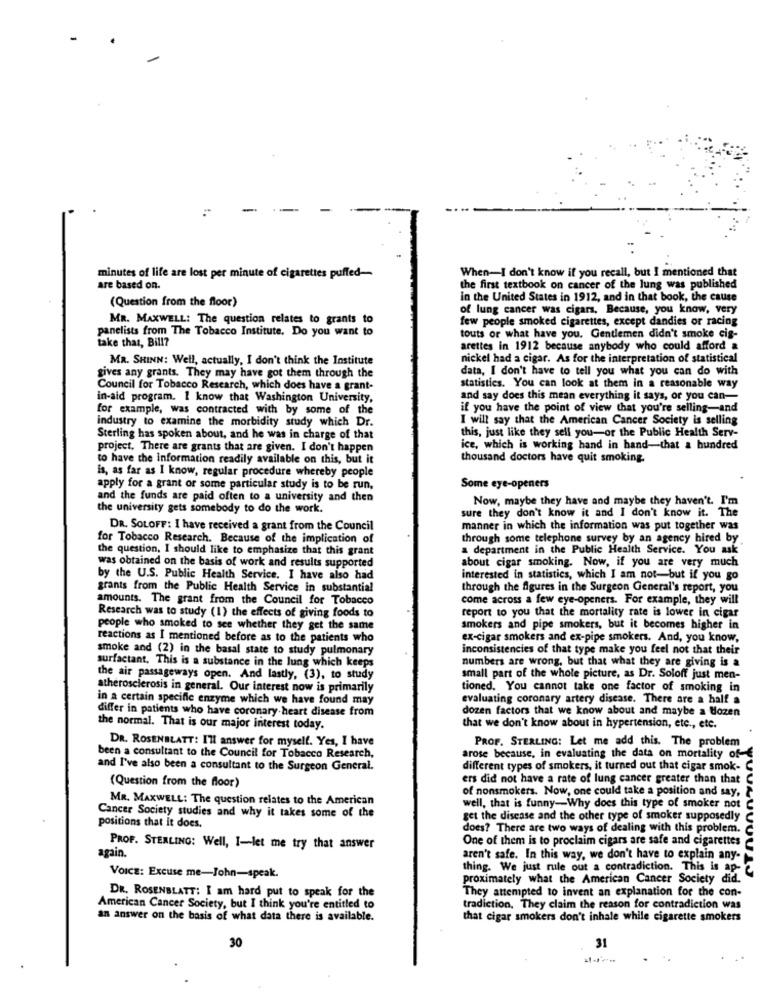
When-I don't know if you recall, but I mentioned that
minutes of life are lost per minute of cigarettes puffed-
are based on.
the first textbook on cancer of the lung was published
(Question from the floor)
in the United States in 1912, and in that book, the cause
of lung cancer was cigars, Because, you know, very
MR. MAXWELL: The question relates to grants to
few people smoked cigarettes, except dandies or racing
panelists from The Tobacco Institute, Do you want to
take that, Bill?
touts or what have you. Gentlemen didn't smoke cig-
arettes in 1912 because anybody who could afford &
MR. SHINN: Well, actually, I don't think the Institute
nickel had a cigar. As for the interpretation of statistical
data, I don't have to tell you what you can do with
gives any grants. They may have got them through the
Council for Tobacco Research, which does have a grant-
statistics. You can look at them in a reasonable way
in-aid program. I know that Washington University,
and say does this mean everything it says, or you can-
for example, was contracted with by some of the
if you have the point of view that you're selling-and
industry to examine the morbidity study which Dr.
I will say that the American Cancer Society is selling
this, just like they sell you-or the Public Health Serv-
Sterling has spoken about, and he was in charge of that
project. There are grants that are given. I don't happen
ice, which is working hand in hand-that a hundred
to have the information readily available on this, but it
thousand doctors have quit smoking.
is, as far as I know, regular procedure whereby people
apply for a grant or some particular study is to be run,
Some eye-openers
and the funds are paid often to a university and then
Now, maybe they have and maybe they haven't. I'm
the university gets somebody to do the work.
sure they don't know it and I don't know it. The
DR. SOLOFF: I have received a grant from the Council
manner in which the information was put together was
for Tobacco Research. Because of the implication of
through some telephone survey by an agency hired by
the question, I should like to emphasize that this grant
a department in the Public Health Service. You ask
about cigar smoking. Now, if you are very much
was obtained on the basis of work and results supported
by the U.S. Public Health Service. I have also had
interested in statistics, which I am not-but if you go
grants from the Public Health Service in substantial
through the figures in the Surgeon General's report, you
amounts. The grant from the Council for Tobacco
come across a few eye-openers. For example, they will
Research was to study (1) the effects of giving foods to
report to you that the mortality rate is lower in cigar
people who smoked to see whether they get the same
smokers and pipe smokers, but it becomes higher in
reactions as I mentioned before as to the patients who
ex-cigar smokers and ex-pipe smokers. And, you know,
smoke and (2) in the basal state to study pulmonary
inconsistencies of that type make you feel not that their
numbers are wrong, but that what they are giving is a
surfactant. This is a substance in the lung which keeps
the air passageways open. And lastly, (3), to study
small part of the whole picture, as Dr. Soloff just men-
atherosclerosis in general. Our interest now is primarily
tioned. You cannot take one factor of smoking in
in a certain specific enzyme which we have found may
evaluating coronary artery disease. There are a half a
differ in patients who have coronary heart disease from
dozen factors that we know about and maybe a dozen
the normal. That is our major interest today.
that we don't know about in hypertension, etc ., etc.
DR. ROSENBLATT: I'll answer for myself. Yes, I have
PROF. STERLING: Let me add this. The problem
been a consultant to the Council for Tobacco Research,
arose because, in evaluating the data on mortality of-
and I've also been a consultant to the Surgeon General.
different types of smokers, it turned out that cigar smok- C
ers did not have a rate of lung cancer greater than that C
(Question from the floor)
of nonsmokers. Now, one could take a position and say, 2
MR. MAXWELL: The question relates to the American
well, that is funny-Why does this type of smoker not C
Cancer Society studies and why it takes some of the
get the disease and the other type of smoker supposedly C
positions that it does.
does? There are two ways of dealing with this problem. C
One of them is to proclaim cigars are safe and cigarettes
PROF. STERLING: Well, I-let me try that answer
again.
aren't safe. In this way, we don't have to explain any-
thing. We just rule out a contradiction. This is ap-
VOICE: Excuse me-John-speak.
proximately what the American Cancer Society did.
They attempted to invent an explanation for the con-
DR. ROSENBLATT: I am hard put to speak for the
American Cancer Society, but I think you're entitled to
tradiction, They claim the reason for contradiction was
an answer on the basis of what data there is available.
that cigar smokers don't inhale while cigarette smokers
30
31